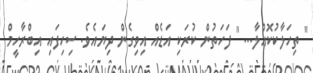
" ތިހަލާކުކޮއްލާ... " ފަހަތުން ކުރަކި އަޑެއް އިވިގެން ދިޔައެވެ. ސިހިފައި އިބްރާހީމް